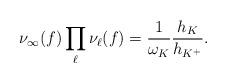
LaTeX: \begin{align*}\nu_\infty(f)\prod_{\ell}\nu_\ell(f) = \frac{1}{\omega_K}\frac{h_{K}}{h_{K^+}}.\end{align*}